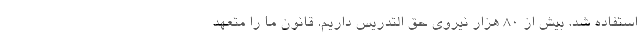
استفاده شد. بیش از ۸۰ هزار نیروی حق التدریس داریم. قانون ما را متعهد